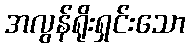
အလွန်ရိုးရှင်းသော